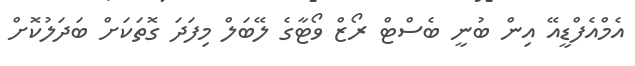
އެމްއެފްޑީއޭ އިން ބުނީ ބެސްޓް ރޯޒް ވޯޓާގެ ލޭބަލް މިފަދަ ގޮތަކަށް ބަދަލުކޮށް